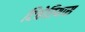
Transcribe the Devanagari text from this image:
टिबेरियास